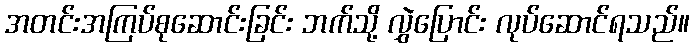
အတင်းအကြပ်စုဆောင်းခြင်း ဘက်သို့ လွှဲပြောင်း လုပ်ဆောင်ရသည်။